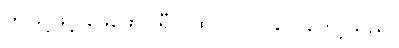
ဤသို့ဖြင့် ဖေဖော်ဝါရီလထဲ ဝင်လာလေတော့သည်။